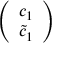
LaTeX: \left( \begin{array} { c } { { c _ { 1 } } } \\ { { \tilde { c } _ { 1 } } } \end{array} \right)